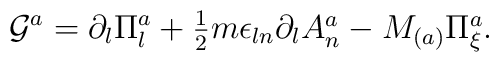
{\cal G}^a=\partial_{l}\Pi_{l}^{a}+\textstyle{\frac{1}{2}}m\epsilon_{ln}\partial_{l}A_{n}^{a}-M_{(a)}\Pi_{\xi}^{a}.